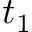
t _ { 1 }